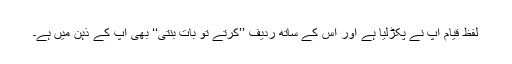
لفظ قیام آپ نے پکڑلیا ہے اور اس کے ساتھ ردیف ’’کرتے تو بات بنتی‘‘ بھی آپ کے ذہن میں ہے۔